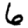
Digit: 6